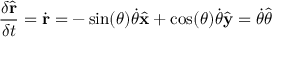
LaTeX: { \frac { \delta { \hat { \mathbf { r } } } } { \delta t } } = { \dot { \mathbf { r } } } = - \sin ( \theta ) { \dot { \theta } } { \hat { \mathbf { x } } } + \cos ( \theta ) { \dot { \theta } } { \hat { \mathbf { y } } } = { \dot { \theta } } { \hat { \boldsymbol { \theta } } }